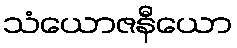
သံယောဇနီယော